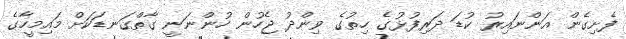
ފެށިގެން އަންނައިރު ކުޑަ ދަރިފުޅުގެ ހިތުގެ ވިންދު ޖެހުން ހުންނަނީ ގާތްގަނޑަކަށް މައިމީހާގެ